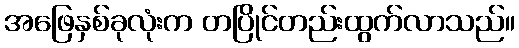
အဖြေနှစ်ခုလုံးက တပြိုင်တည်းထွက်လာသည်။